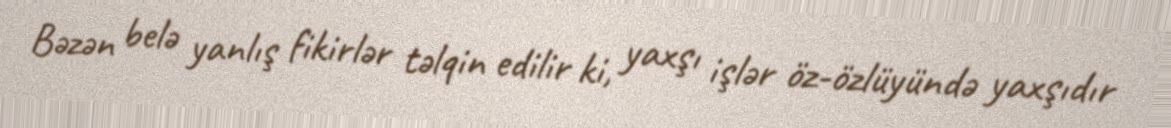
Bəzən belə yanlış fikirlər təlqin edilir ki, yaxşı işlər öz-özlüyündə yaxşıdır